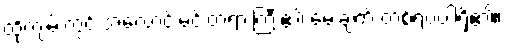
ထိုကျမ်းတွင် အလောင်းမင်းတရားကြီး၏ မေးချက် တစ်ရပ်ပါရှိ၏။